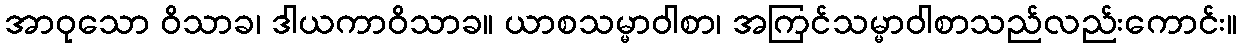
အာဝုသော ဝိသာခ၊ ဒါယကာဝိသာခ။ ယာစသမ္မာဝါစာ၊ အကြင်သမ္မာဝါစာသည်လည်းကောင်း။